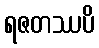
ရဇတဿပိ